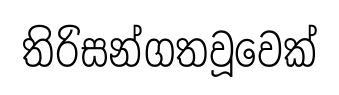
තිරිසන්ගතවූවෙක්